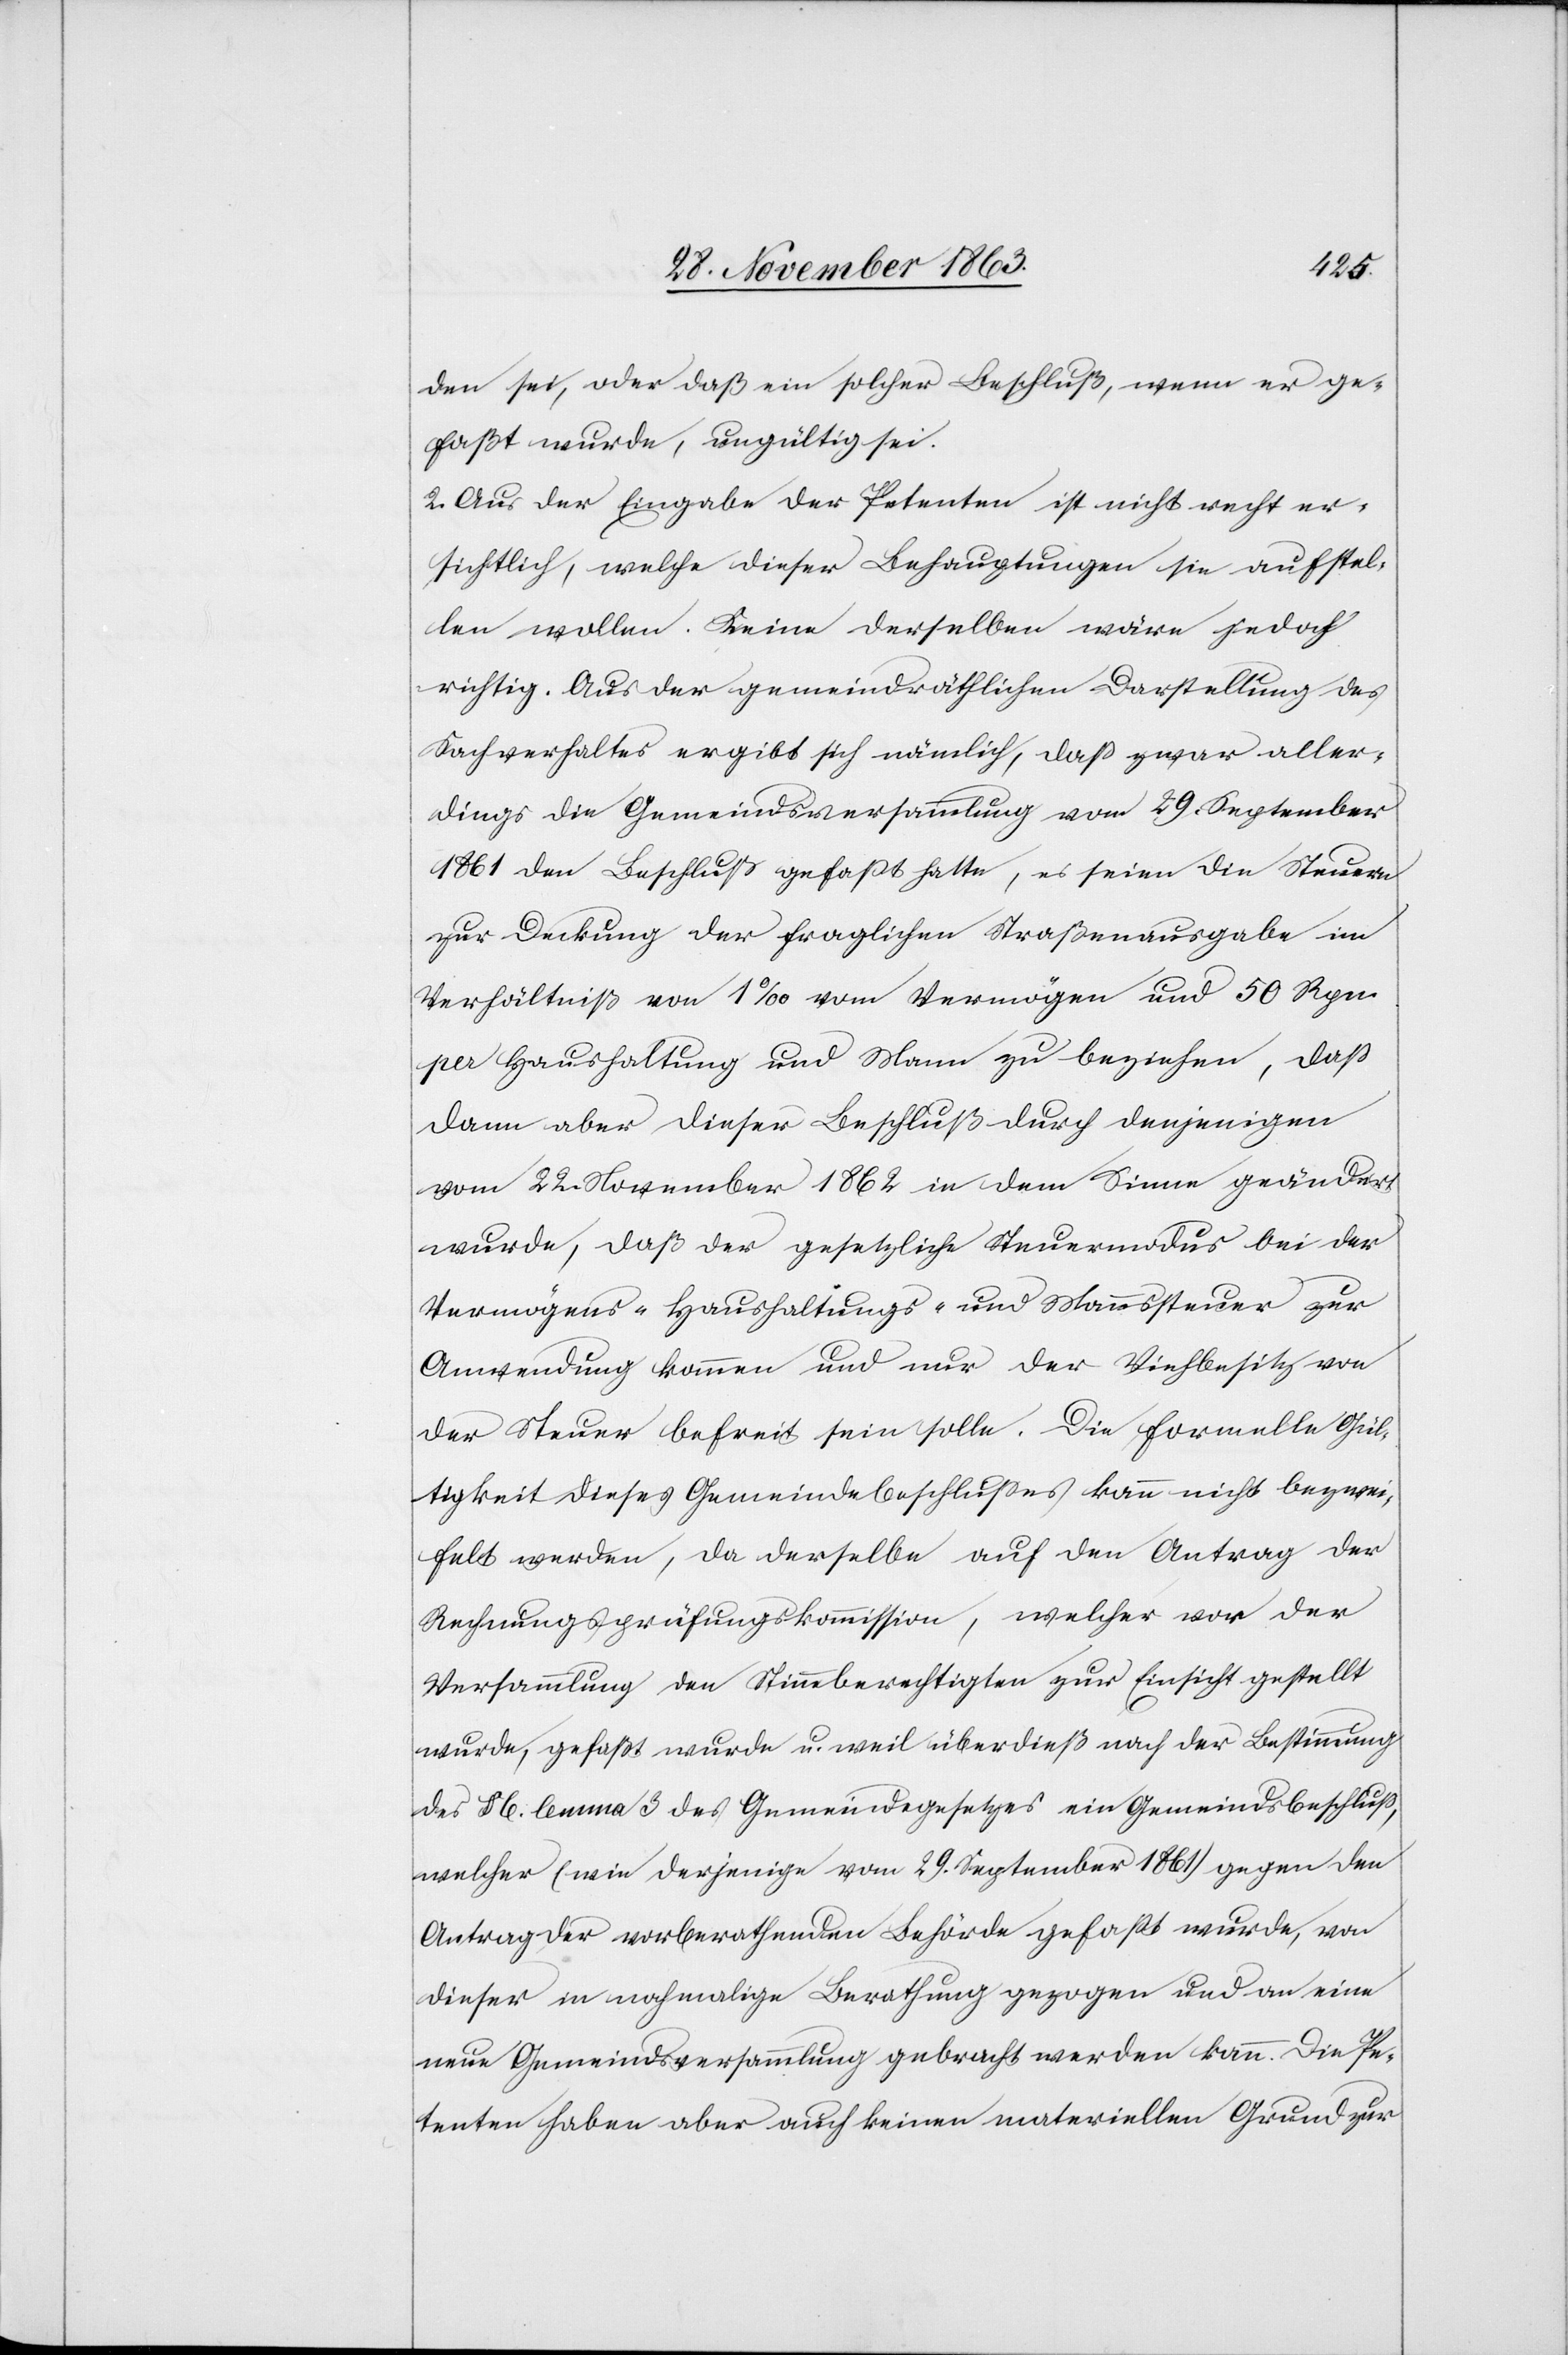
den sei, oder daß ein solcher Beschluß, wenn er ge¬
faßt wurde, ungültig sei.
2. Aus der Eingabe der Petenten ist nicht recht er¬
sichtlich, welche dieser Behauptungen sie aufstel¬
len wollen. Keine derselben wäre jedoch
richtig. Aus der gemeindräthlichen Darstellung des
Sachverhaltes ergibt sich nämlich, daß zwar aller¬
dings die Gemeindsversammlung vom 29. September
1861 den Beschluß gefasst hatte, es seien die Steuern
zur Deckung der fraglichen Straßenausgabe im
Verhältniß von 1‰ vom Vermögen und 50 Rpn.
per Haushaltung und Mann zu beziehen, daß
dann aber dieser Beschluß durch denjenigen
vom 22. November 1862 in dem Sinne geändert
wurde, daß der gesetzliche Steuermodus bei der
Vermögens-[,] Haushaltungs- und Mannssteuer zur
Anwendung kommen und nur der Viehbesitz von
der Steuer befreit sein solle. Die formelle Gül¬
tigkeit dieses Gemeindebeschlusses kann nicht bezwei¬
felt werden, da derselbe auf den Antrag der
Rechnungsprüfungskommission, welcher vor der
Versammlung den Stimmberechtigten zur Einsicht gestellt
wurde, gefaßt wurde u. weil überdieß nach der Bestimmung
des § 6. lemma 3 des Gemeindegesetzes ein Gemeindsbeschluss,
welcher (wie derjenige vom 29. September 1861) gegen den
Antrag der vorberathenden Behörde gefasst wurde, von
dieser in nochmalige Berathung gezogen und an eine
neue Gemeindsversammlung gebracht werden kann. Die Pe¬
tenten haben aber auch keinen materiellen Grund zur